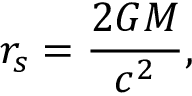
r _ { s } = { \frac { 2 G M } { c ^ { 2 } } } ,